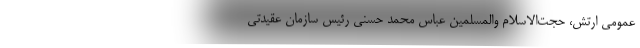
عمومی ارتش، حجت‌الاسلام والمسلمین عباس محمد حسنی رئیس سازمان عقیدتی